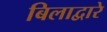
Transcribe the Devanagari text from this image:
बिलाद्वारे